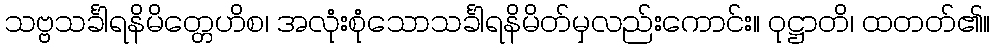
သဗ္ဗသင်္ခါရနိမိတ္တေဟိစ၊ အလုံးစုံသောသင်္ခါရနိမိတ်မှလည်းကောင်း။ ဝုဋ္ဌာတိ၊ ထတတ်၏။